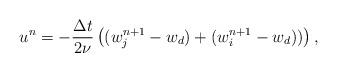
LaTeX: \begin{align*}&u^n=-\frac{\Delta t}{2\nu} \left((w^{n+1}_j-w_d)+(w^{n+1}_i-w_d))\right),\end{align*}